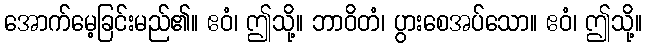
အောက်မေ့ခြင်းမည်၏။ ဧဝံ၊ ဤသို့။ ဘာဝိတံ၊ ပွားစေအပ်သော။ ဧဝံ၊ ဤသို့။